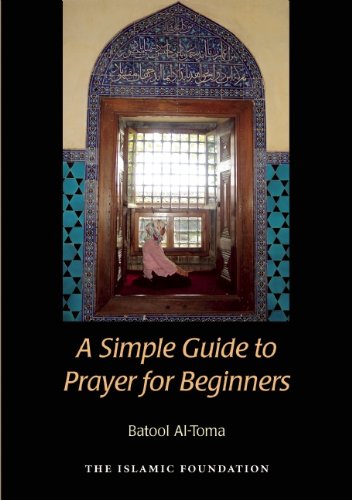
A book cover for A Simple Guide to Prayer for Beginners; Batool Al-Toma; Religion & Spirituality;